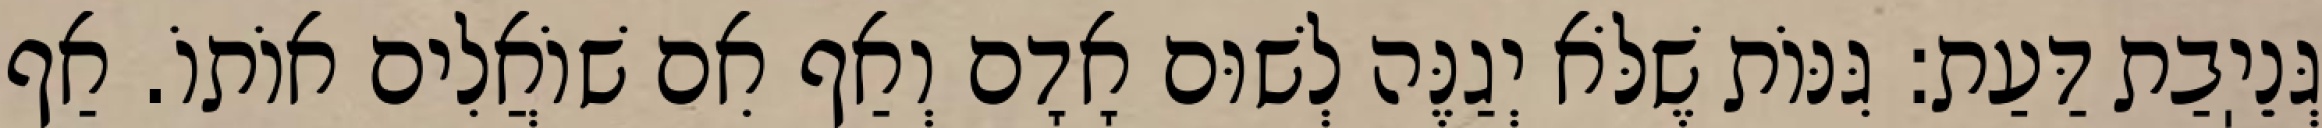
גְּנֵיֽבַת דַּעַת: גִּנּוֹת שֶׁלֹּא יְגַנֶּה לְשׁוּם אָדָם וְאַף אִם שׁוֹאֲלִים אוֹתוֹ. אַף